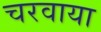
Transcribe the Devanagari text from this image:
चरवाया